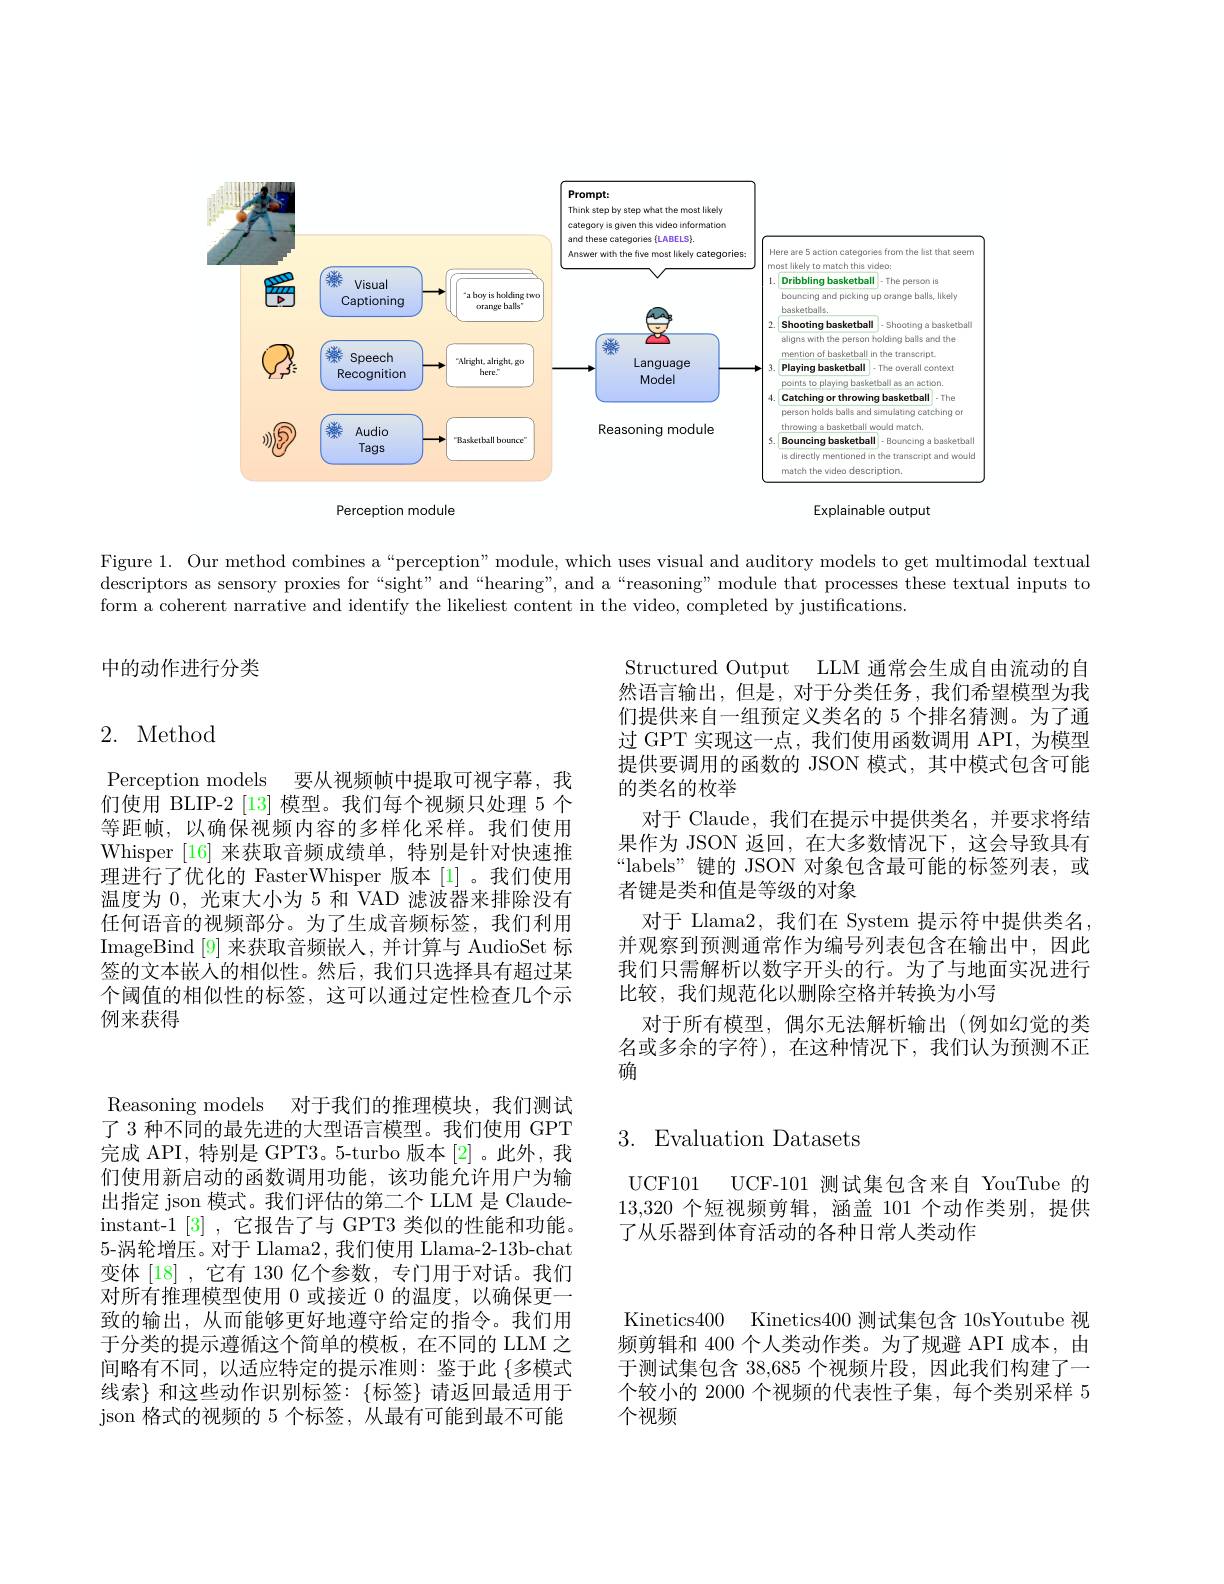
<FigureHere>

Figure 1. Our method combines a“perception”module, which uses visual and auditory models to get multimodal textual descriptors as sensory proxies for “ sight" and “ hearing” , and a “ reasoning" module that processes these textual inputs to form a coherent narrative and identify the likeliest content in the video, completed by justifications.

中的动作进行分类

# 2. Method

Structured Output LLM 通常会生成自由流动的自然语言输出，但是，对于分类任务，我们希望模型为我们提供来自一组预定义类名的 5 个排名猜测。为了通过 GPT 实现这一点，我们使用函数调用 API,为模型提供要调用的函数的 JSON 模式，其中模式包含可能的类名的枚举
对于 Claude,我们在提示中提供类名，并要求将结果作为 JSON 返回，在大多数情况下，这会导致具有“labels”键的 JSON 对象包含最可能的标签列表，或者键是类和值是等级的对象
对于 Llama2, 我们在 System 提示符中提供类名， 并观察到预测通常作为编号列表包含在输出中，因此我们只需解析以数字开头的行。为了与地面实况进行比较，我们规范化以删除空格并转换为小写
对于所有模型，偶尔无法解析输出(例如幻觉的类名或多余的字符),在这种情况下，我们认为预测不正确

Perception models 要从视频帧中提取可视字幕，我们使用 BLIP-2 [13] 模型。我们每个视频只处理 5 个等距帧，以确保视频内容的多样化采样。我们使用Whisper [16]来获取音频成绩单，特别是针对快速推理进行了优化的 FasterWhisper 版本[1]。我们使用温度为0，光束大小为 5 和 VAD 滤波器来排除没有任何语音的视频部分。为了生成音频标签，我们利用ImageBind [ 9] 来获取音频嵌入，并计算与 AudioSet 标签的文本嵌人的相似性。然后，我们只选择具有超过某个阈值的相似性的标签，这可以通过定性检查几个示例来获得

# 3.Evaluation Datasets

UCF101 UCF-101 测试集包含来自 YouTube 的13,320个短视频剪辑，涵盖 101 个动作类别，提供了从乐器到体育活动的各种日常人类动作

Reasoning models 对于我们的推理模块，我们测试了 3 种不同的最先进的大型语言模型。我们使用 GPT 完成 API, 特别是 GPT3。5-turbo 版本[2]。此外，我们使用新启动的函数调用功能，该功能允许用户为输出指定 json 模式。我们评估的第二个 LLM 是 Claudeinstant-1[3],它报告了与 GPT3 类似的性能和功能。5-涡轮增压。对于 Llama2, 我们使用 Llama-2-13b-chat 变体[18],它有 130 亿个参数，专门用于对话。我们对所有推理模型使用 0 或接近 0 的温度，以确保更一致的输出，从而能够更好地遵守给定的指令。我们用于分类的提示遵循这个简单的模板，在不同的 LLM 之间略有不同，以适应特定的提示准则：鉴于此 {多模式} 线索} 和这些动作识别标签：{标签} {标签} 请返回最适用于json 格式的视频的 5 个标签，从最有可能到最不可能

Kinetics400 Kinetics400测试集包含 10sYoutube 视频剪辑和 400 个人类动作类。为了规避 API 成本，由于测试集包含 38,685 个视频片段，因此我们构建了一个较小的 2000 个视频的代表性子集，每个类别采样 5个视频